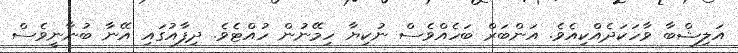
އަލިޝްބާ ވާހަކަދެއްކިއެވެ. އަންބަރް ބަހެއްވެސް ނުކިޔާ ހިމޭނުން ހުއްޓެވެ. ދިފާއުގައި އޭނާ ބުނާނީވެސް